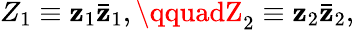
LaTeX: Z_{1}\equiv\mathbf{z}_{1}\bar{{\mathbf{z}}}_{1},\qquadZ_{2}\equiv\mathbf{z}_{2}\bar{{\mathbf{z}}}_{2},